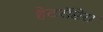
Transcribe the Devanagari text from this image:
हेटरॉप्टेरा